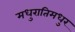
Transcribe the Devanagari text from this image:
मधुरातिमधुर